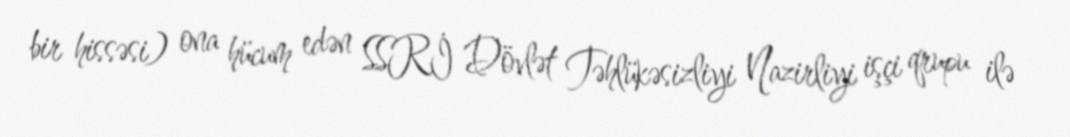
bir hissəsi) ona hücum edən SSRİ Dövlət Təhlükəsizliyi Nazirliyi işçi qrupu ilə